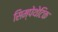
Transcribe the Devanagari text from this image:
सिम्पेथेटिक